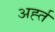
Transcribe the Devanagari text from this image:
अर्ह्त